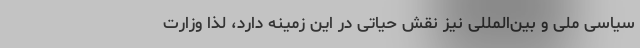
سیاسی ملی و بین‌المللی نیز نقش حیاتی در این زمینه دارد، لذا وزارت